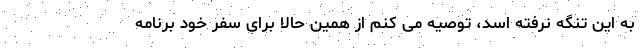
به این تنگه نرفته اسد، توصیه می کنم از همین حالا برای سفر خود برنامه